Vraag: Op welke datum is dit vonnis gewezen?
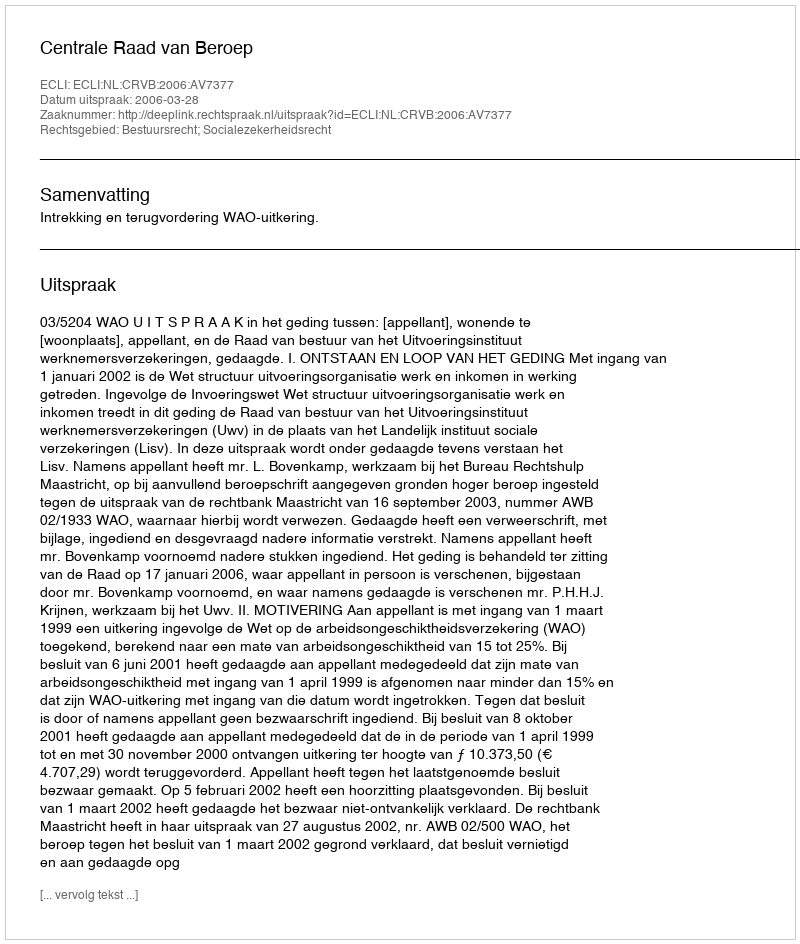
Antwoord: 2006-03-28